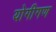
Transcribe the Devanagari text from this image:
योगीगण